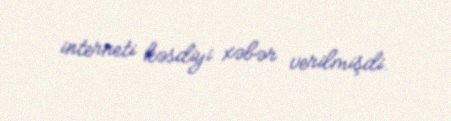
interneti kəsdiyi xəbər verilmişdi.